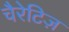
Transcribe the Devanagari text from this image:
चैरेटिज़